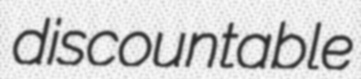
discountable